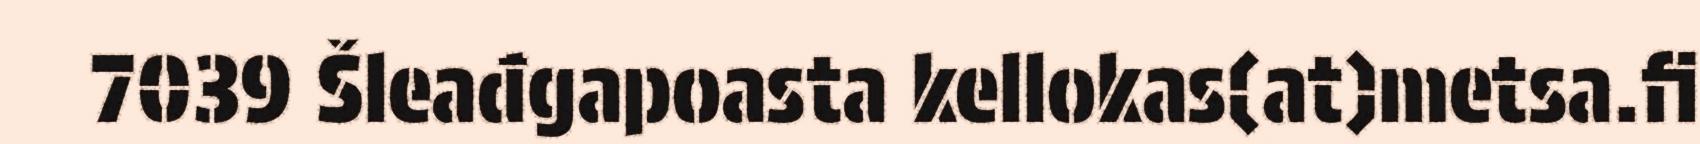
7039 Šleađgapoasta kellokas(at)metsa.fi